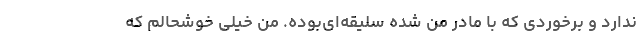
ندارد و برخوردی که با مادر من شده سلیقه‌ای‌بوده. من خیلی خوشحالم که